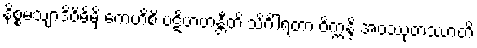
နိစ္စမသျာဒိဝိဓိမှိ ကေဟိစိ ပဋိဗာဟန္တီတိ သိင်္ဂါရတာ ဝိက္ကန္ဒိ အဝဿုတဿာတိ